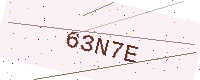
Text: 63N7E